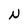
Character: N